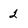
Character: 2